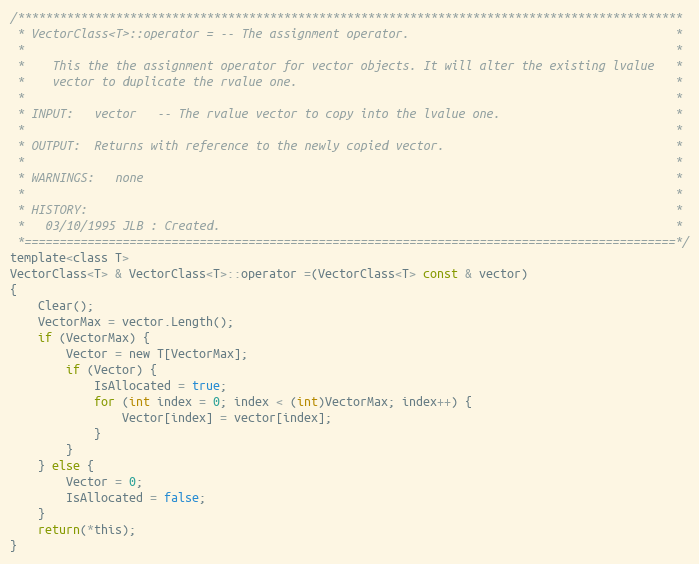
Language: C
/***********************************************************************************************
 * VectorClass<T>::operator = -- The assignment operator.                                      *
 *                                                                                             *
 *    This the the assignment operator for vector objects. It will alter the existing lvalue   *
 *    vector to duplicate the rvalue one.                                                      *
 *                                                                                             *
 * INPUT:   vector   -- The rvalue vector to copy into the lvalue one.                         *
 *                                                                                             *
 * OUTPUT:  Returns with reference to the newly copied vector.                                 *
 *                                                                                             *
 * WARNINGS:   none                                                                            *
 *                                                                                             *
 * HISTORY:                                                                                    *
 *   03/10/1995 JLB : Created.                                                                 *
 *=============================================================================================*/
template<class T>
VectorClass<T> & VectorClass<T>::operator =(VectorClass<T> const & vector)
{
	Clear();
	VectorMax = vector.Length();
	if (VectorMax) {
		Vector = new T[VectorMax];
		if (Vector) {
			IsAllocated = true;
			for (int index = 0; index < (int)VectorMax; index++) {
				Vector[index] = vector[index];
			}
		}
	} else {
		Vector = 0;
		IsAllocated = false;
	}
	return(*this);
}